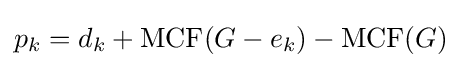
p_{k}=d_{k}+\operatorname {MCF} (G-e_{k})-\operatorname {MCF} (G)